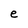
Character: e